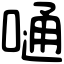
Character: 嗵